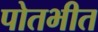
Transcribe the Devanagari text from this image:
पोतभीत